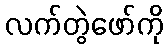
လက်တွဲဖော်ကို